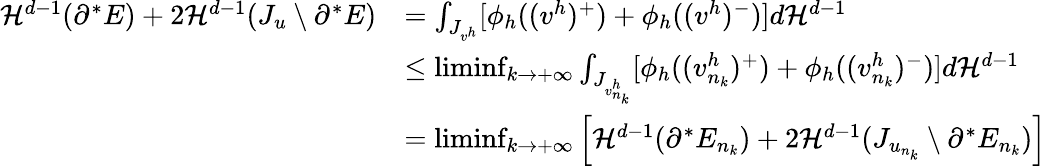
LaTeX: \begin{array}{rl}{{\mathcal{H}}^{d-1}(\partial^{*}E)+2{\mathcal{H}}^{d-1}(J_{u}\setminus\partial^{*}E)}&{=\int_{J_{v^{h}}}[\phi_{h}((v^{h})^{+})+\phi_{h}((v^{h})^{-})]d{\mathcal{H}}^{d-1}}\\ &{\leq\operatorname*{liminf}_{k\to+\infty}\int_{J_{v_{n_{k}}^{h}}}[\phi_{h}((v_{n_{k}}^{h})^{+})+\phi_{h}((v_{n_{k}}^{h})^{-})]d{\mathcal{H}}^{d-1}}\\ &{=\operatorname*{liminf}_{k\to+\infty}\left[{\mathcal{H}}^{d-1}(\partial^{*}E_{n_{k}})+2{\mathcal{H}}^{d-1}(J_{u_{n_{k}}}\setminus\partial^{*}E_{n_{k}})\right]}\end{array}